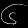
Digit: ၆